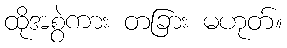
ထိုအစွဲကား တခြား မဟုတ်။